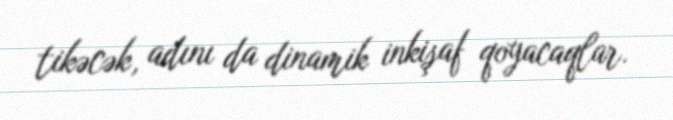
tikəcək, adını da dinamik inkişaf qoyacaqlar.